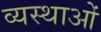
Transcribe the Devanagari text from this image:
व्यस्थाओं